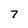
Character: 7